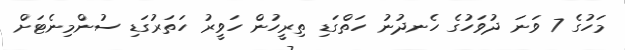
މަހުގެ 7 ވަނަ ދުވަހުގެ ހެނދުނު ހަތްގަޑި ތިރީހުން ހަވީރު ހަތަރުގަޑި ސުންމިނެޓަށް